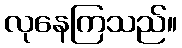
လုနေကြသည်။